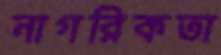
নাগরিকতা